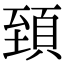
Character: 𩒐